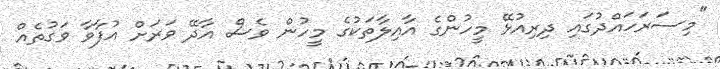
"މިސަރަހައްދުގައި ދިރިއުޅޭ މީހުންގެ އާއިލާތަކުގެ މީހުން ވެސް އާދޭ ވަރަށް އުފާވާ ވަގުތެއް